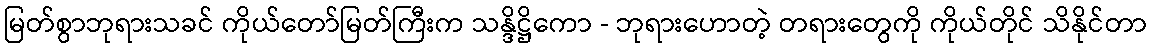
မြတ်စွာဘုရားသခင် ကိုယ်တော်မြတ်ကြီးက သန္ဒိဋ္ဌိကော - ဘုရားဟောတဲ့ တရားတွေကို ကိုယ်တိုင် သိနိုင်တာ